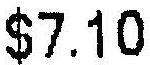
$7.10